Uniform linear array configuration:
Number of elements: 4
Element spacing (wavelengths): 0.25
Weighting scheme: hamming
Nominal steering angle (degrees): -15
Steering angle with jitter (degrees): -14.924
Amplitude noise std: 0.05
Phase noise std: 0.05

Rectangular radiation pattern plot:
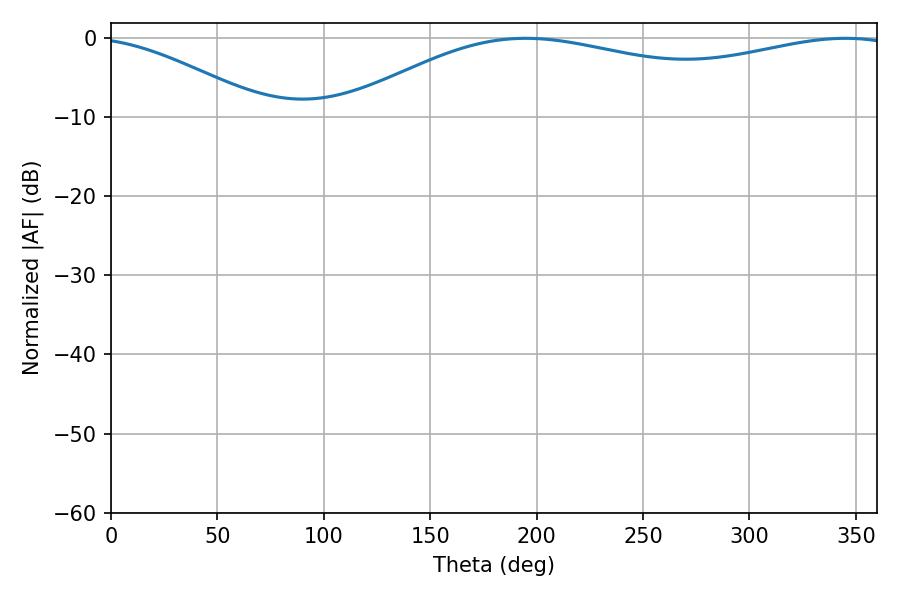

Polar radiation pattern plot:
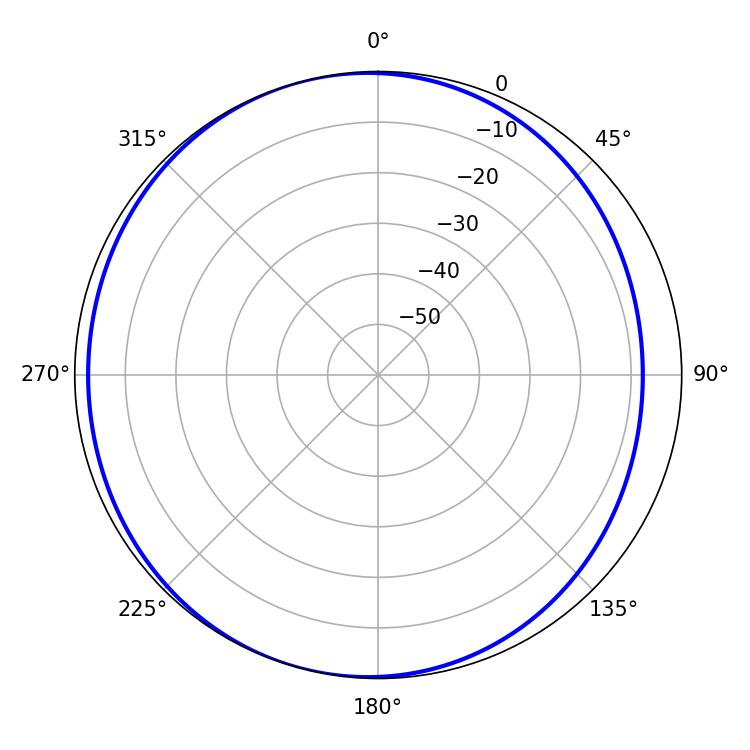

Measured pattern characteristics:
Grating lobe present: FALSE
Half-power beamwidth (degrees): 212.76
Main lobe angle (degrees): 194.76